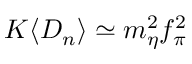
K \langle D _ { n } \rangle \simeq m _ { \eta } ^ { 2 } f _ { \pi } ^ { 2 }